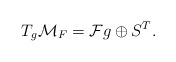
\begin{align*}T_g{\cal M}_F={\cal F}g\oplus S^T.\end{align*}